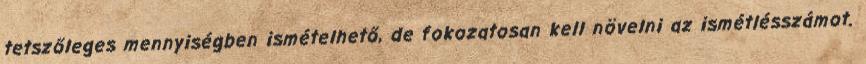
tetszőleges mennyiségben ismételhető, de fokozatosan kell növelni az ismétlésszámot.